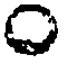
C